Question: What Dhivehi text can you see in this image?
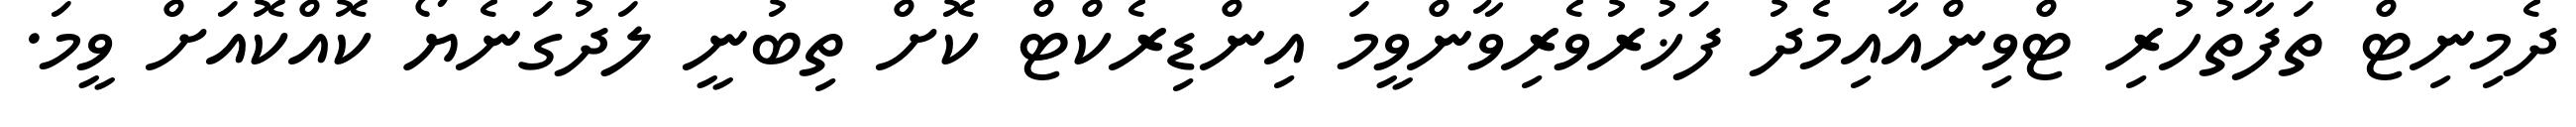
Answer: ދެމިނިޓް ތަފާތުހުރި ޓްވިންއާއިމެދު ފަޚުރުވެރިވާންވީމަ އިންޑިރެކްޓް ކޮށް ތިބުނީ ލަދުގަނެޔޯ ކޮއްކޮއަށް ވީމަ.